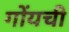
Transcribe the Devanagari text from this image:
गोंयची